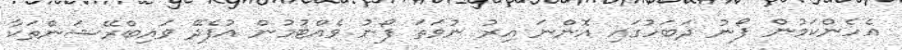
އެހެންކަމުން ފޯނު ދަބަހުގައި އޮންނަ އިރު ނުވަތަ ފޯނު ވެއްޓުމުން އުފެދޭ ވައިބްރޭޝަންތަކާ